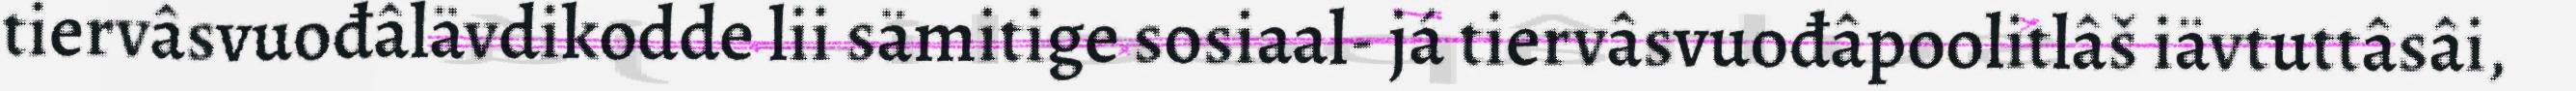
tiervâsvuođâlävdikodde lii sämitige sosiaal- já tiervâsvuođâpoolitlâš iävtuttâsâi,